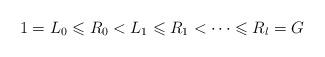
LaTeX: \begin{align*}1=L_0\leqslant R_0 < L_1\leqslant R_1< \dots \leqslant R_{l}=G\end{align*}